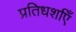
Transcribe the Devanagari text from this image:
प्रतिधर्शाएँ